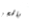
بالحجز